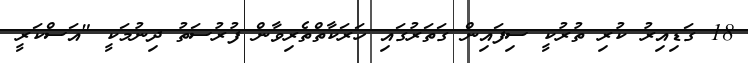
18 ގަޑިއިރު ކުރި ތުރުކީ ސިފައިން ގަތަރުގައި ހަރަކާތްތެރިވާން ފުރުސަތު ދިނުމަކީ "އަސްކަރީ